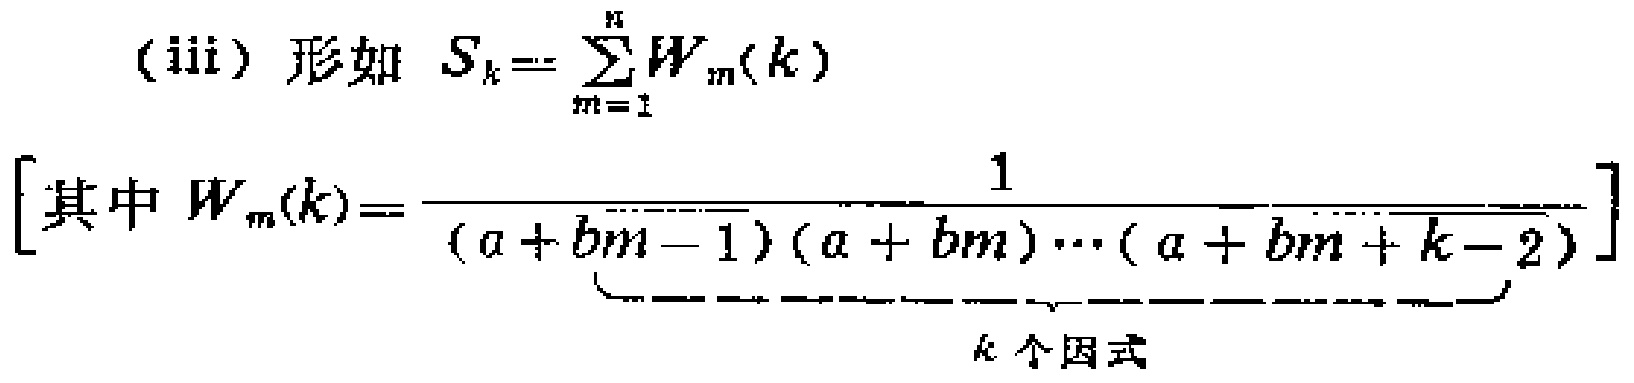
(iii) 形如 \(S_{k}=\sum_{m = 1}^{n}W_{m}(k)\)
[其中 \(W_{m}(k)=\frac{1}{\underbrace{(a + bm - 1)(a + bm)\cdots(a + bm + k - 2)}_{k\text{ 个因式}}}\]